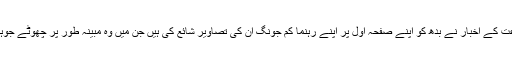
شمالی کوریا کی حکمرانی جماعت کے اخبار نے بدھ کو اپنے صفحہ اول پر اپنے رہنما کم جونگ اُن کی تصاویر شائع کی ہیں جن میں وہ مبینہ طور پر چھوٹے جوہری ہتھیار کے ساتھ کھڑے ہیں۔